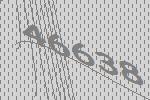
46638